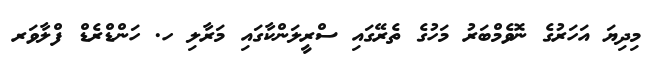
މިދިޔަ އަހަރުގެ ނޮވެމްބަރު މަހުގެ ތެރޭގައި ސްރީލަންކާގައި މަރާލި ހ. ހަންޑްރެޑް ފްލާވަރ